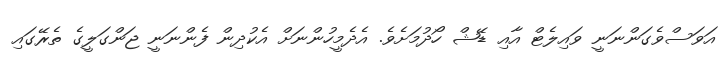
އަވަސްވެގަންނަނީ ވައިލެޓް އާއި ޑޭޝް ހޯދުމަށެވެ. އެދެމީހުންނަށް އެކުދިން ފެންނަނީ ޖަންގަލީގެ ތެރޭގައި